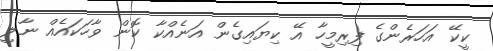
ކީކޭ އަހަރެންގެ ފިރިމީހާ އޭ ކިޔައިގެން އަނެއްކާ ކޮން ވާހަކައެއް ނާލީ